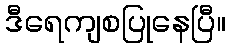
ဒီရေကျစပြုနေပြီ။